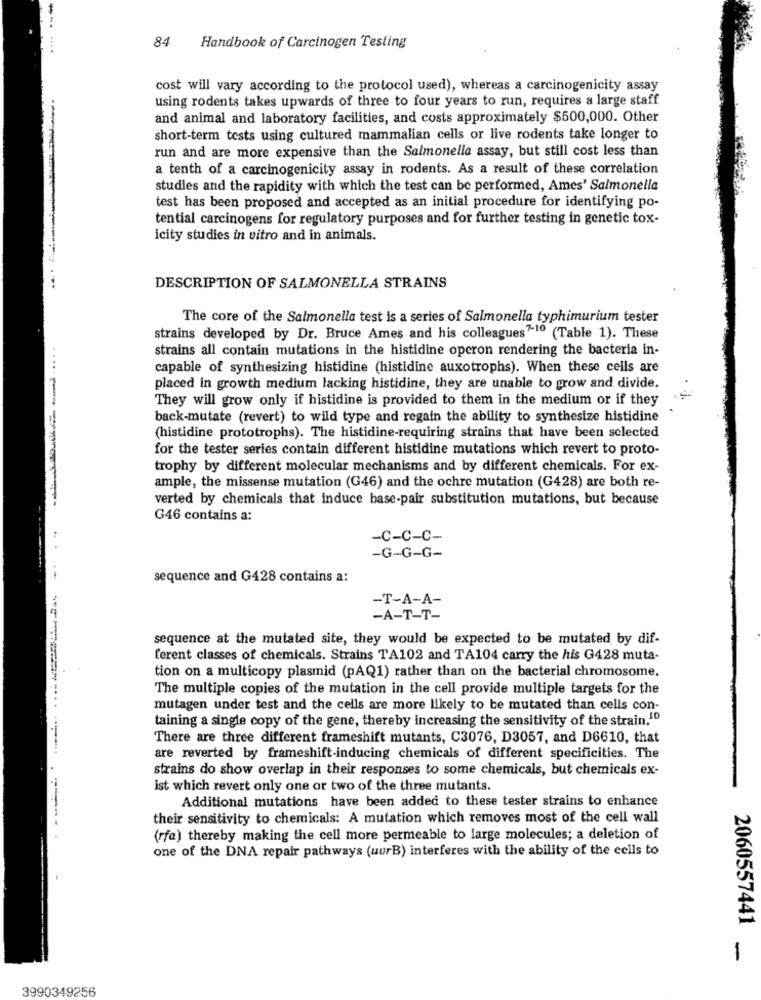
-.
84
....
Handbook of Carcinogen Testing
cost will vary according to the protocol used), whereas a carcinogenicity assay
using rodents takes upwards of three to four years to run, requires a large staff
and animal and laboratory facilities, and costs approximately $500,000. Other
short-term tests using cultured mammalian cells or live rodents take longer to
run and are more expensive than the Salmonella assay, but still cost less than
a tenth of a carcinogenicity assay in rodents. As a result of these correlation
studies and the rapidity with which the test can be performed, Ames' Salmonella
test has been proposed and accepted as an initial procedure for identifying po-
tential carcinogens for regulatory purposes and for further testing in genetic tox-
icity studies in vitro and in animals.
DESCRIPTION OF SALMONELLA STRAINS
The core of the Salmonella test is a series of Salmonella typhimurium tester
strains developed by Dr. Bruce Ames and his colleagues7-10 (Table 1). These
strains all contain mutations in the histidine operon rendering the bacteria in-
capable of synthesizing histidine (histidine auxotrophs). When these cells are
placed in growth medium lacking histidine, they are unable to grow and divide.
They will grow only if histidine is provided to them in the medium or if they
back-mutate (revert) to wild type and regain the ability to synthesize histidine
(histidine prototrophs). The histidine-requiring strains that have been selected
for the tester series contain different histidine mutations which revert to proto-
trophy by different molecular mechanisms and by different chemicals. For ex-
ample, the missense mutation (G46) and the ochre mutation (G428) are both re-
verted by chemicals that induce base-pair substitution mutations, but because
G46 contains a:
-C-C-C-
-G-G-G-
sequence and G428 contains a:
-T-A-A-
-A-T-T-
sequence at the mutated site, they would be expected to be mutated by dif-
ferent classes of chemicals. Strains TA102 and TA104 carry the his G428 muta-
tion on a multicopy plasmid (PAQ1) rather than on the bacterial chromosome.
The multiple copies of the mutation in the cell provide multiple targets for the
mutagen under test and the cells are more likely to be mutated than cells con-
taining a single copy of the gene, thereby increasing the sensitivity of the strain.10
There are three different frameshift mutants, C3076, D3057, and D6610, that
are reverted by frameshift-inducing chemicals of different specificities. The
strains do show overlap in their responses to some chemicals, but chemicals ex-
ist which revert only one or two of the three mutants.
Additional mutations have been added to these tester strains to enhance
their sensitivity to chemicals: A mutation which removes most of the cell wall
(rfa) thereby making the cell more permeable to large molecules; a deletion of
one of the DNA repair pathways (uurB) interferes with the ability of the cells to
2060557441
3990349256